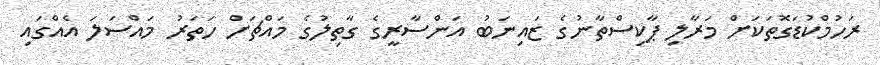
ރަހުމްކުޑަގޮތަކަށް މަރާލި ޕާކިސްތާނުގެ ޒައިނަބު އަންސާރީގެ ގާތިލުގެ މައްޗަށް ހަތަރު މައްސަލަ އެއްގައި